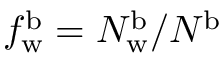
f _ { \mathrm { w } } ^ { \mathrm { b } } = N _ { \mathrm { w } } ^ { \mathrm { b } } / N ^ { \mathrm { b } }